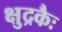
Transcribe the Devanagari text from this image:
क्षुद्रकैः